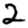
Digit: 2